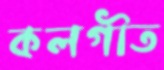
কলগীত